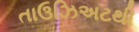
તાઉઝિઅટથી